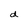
Character: d